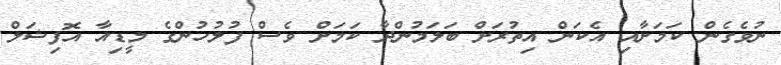
ނުވެގެން ކަމަށާއި އެކަން އިތުރަށް ބަލަމުންދާ ކަމަށް ވެސް ފުލުހުންގެ މީޑިއާ އޮފިޝަލް